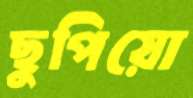
ছুপিয়ো